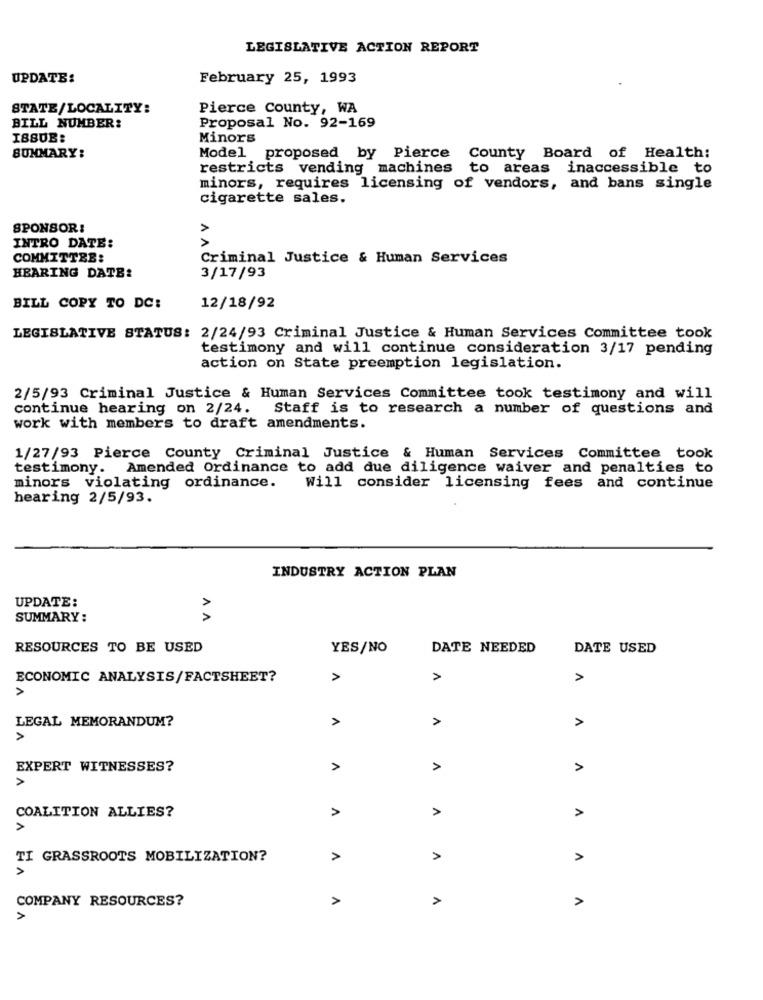
LEGISLATIVE ACTION REPORT
UPDATE:
February 25, 1993
STATE/LOCALITY:
Pierce County, WA
BILL NUMBER:
Proposal No. 92-169
ISSUB:
Minors
SUMMARY:
Model proposed by Pierce County Board of Health:
restricts vending machines to areas inaccessible to
minors, requires licensing of vendors, and bans single
cigarette sales.
SPONSOR:
INTRO DATE:
COMMITTEE:
Criminal Justice & Human Services
HEARING DATE:
3/17/93
BILL COPY TO DC:
12/18/92
LEGISLATIVE STATUS: 2/24/93 Criminal Justice & Human Services Committee took
testimony and will continue consideration 3/17 pending
action on State preemption legislation.
2/5/93 Criminal Justice & Human Services Committee took testimony and will
continue hearing on 2/24. Staff is to research a number of questions and
work with members to draft amendments.
1/27/93 Pierce County Criminal Justice & Human Services Committee took
testimony. Amended Ordinance to add due diligence waiver and penalties to
minors violating ordinance.
Will consider licensing fees and continue
hearing 2/5/93.
INDUSTRY ACTION PLAN
UPDATE:
SUMMARY:
AA
RESOURCES TO BE USED
YES/NO
DATE NEEDED
DATE USED
ECONOMIC ANALYSIS/FACTSHEET?
>
>
A
>
LEGAL MEMORANDUM?
>
A
>
A
EXPERT WITNESSES?
A
A
A
A
A
>
COALITION ALLIES?
TI GRASSROOTS MOBILIZATION?
>
>
A
COMPANY RESOURCES?
>
A